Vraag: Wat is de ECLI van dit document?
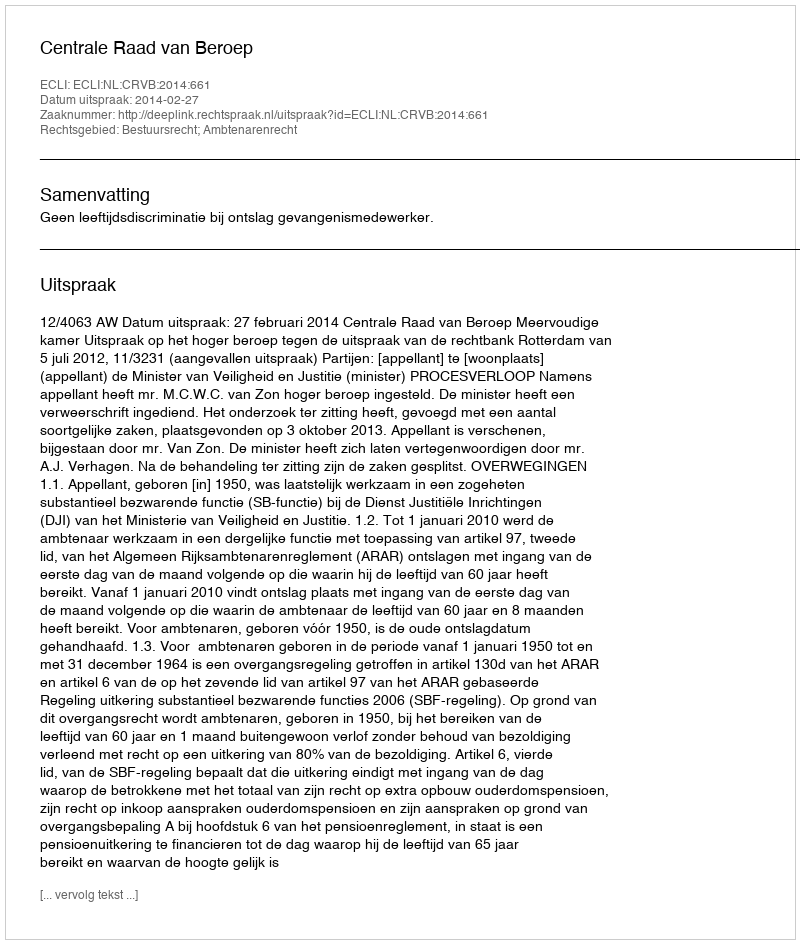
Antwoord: ECLI:NL:CRVB:2014:661